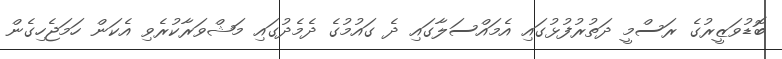
ބޮޑުވަޒީރުގެ ރަސްމީ ދަތުރުފުޅުގައި އެމައްސަލާގައި ދެ ގައުމުގެ ދެމެދުގައި މަޝްވަރާކުރެވި އެކަން ހަމަޖެހިގެން